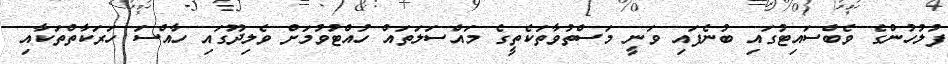
ފުލުހުންގެ ވެބްސައިޓުގައި ބުނެފައި ވަނީ މަސްތުވާތަކެތީގެ މައްސަލަތައް ހުއްޓުވުމަށް ވެލިދޫގައި ހާއްސަ ހަރަކާތްތަކާއި